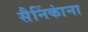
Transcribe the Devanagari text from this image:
सैनिंकांना